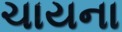
ચાયના